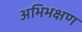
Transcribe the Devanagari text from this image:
अभिभक्षण